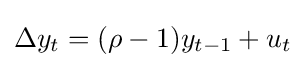
\Delta y_{t}=(\rho -1)y_{t-1}+u_{t}